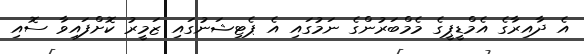
އެ ދާއިރާގެ އެމްޑީޕީގެ މެމްބަރުންގެ ނަމުގައި އެ ޕެޓިޝަނުގައި ޒަމީރު ކޮށްފައިވާ ސޮއި